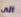
الى